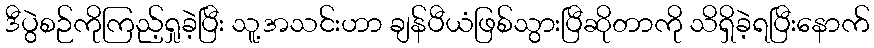
ဒီပွဲစဉ်ကိုကြည့်ရှုခဲ့ပြီး သူ့အသင်းဟာ ချန်ပီယံဖြစ်သွားပြီဆိုတာကို သိရှိခဲ့ရပြီးနောက်